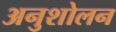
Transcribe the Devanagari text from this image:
अनुशोलन